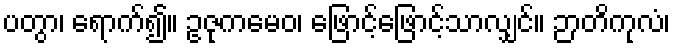
ပတွာ၊ ရောက်၍။ ဥဇုကမေဝ၊ ဖြောင့်ဖြောင့်သာလျှင်။ ဉာတိကုလံ၊